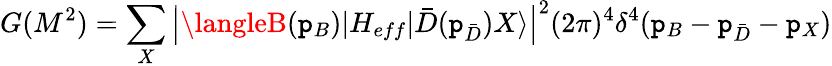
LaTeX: G(M^{2})=\sum_{X}\left|\langleB(\mathtt{p}_{B})|H_{eff}|\bar{{D}}(\mathtt{p}_{\bar{{D}}})X\rangle\right|^{2}(2\pi)^{4}\delta^{4}(\mathtt{p}_{B}-\mathtt{p}_{\bar{{D}}}-\mathtt{p}_{X})